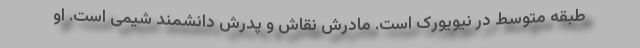
طبقه متوسط در نیویورک است. مادرش نقاش و پدرش دانشمند شیمی است. او